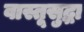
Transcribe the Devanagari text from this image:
वास्तूसुद्धा